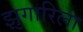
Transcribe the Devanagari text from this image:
झुगारिला